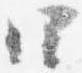
四